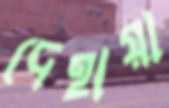
দেহায়া